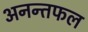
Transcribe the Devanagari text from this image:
अनन्तफल